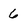
Character: 6